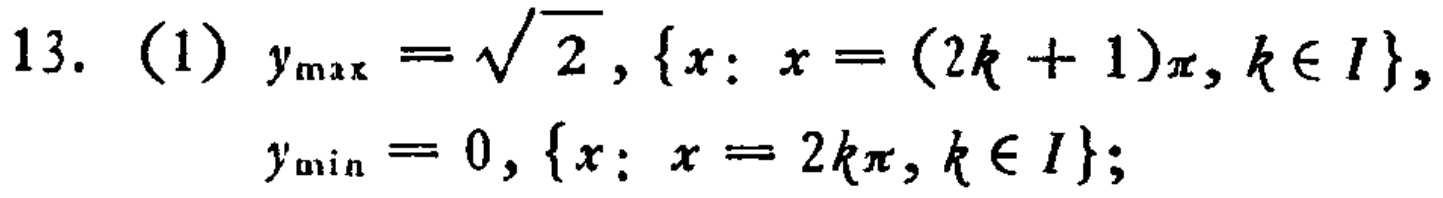
13. (1) \(y_{\max}=\sqrt{2}, \{x: x=(2k + 1)\pi, k\in I\},\)

\(y_{\min}=0, \{x: x = 2k\pi, k\in I\}; \)